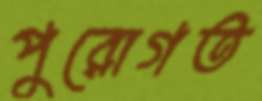
পুরোগত